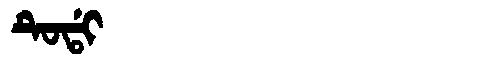
Manchu: ᡨᡠᡩᡳ
Romanization: TUDI